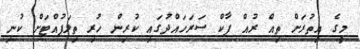
މީގެ އިތުރަށް ތިއް ރުއް ޕާކް ސަރަހައްދުގައި ކުރިން ހުރި ތިލަފުއްޓަށް ކުނި